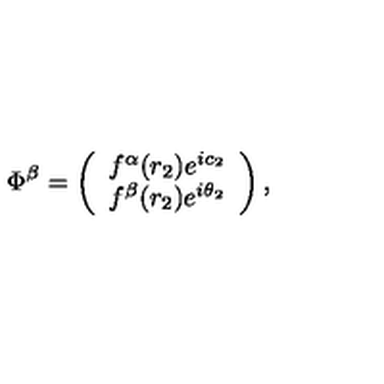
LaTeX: \Phi ^ { \beta } = \left( \begin{array} { c } { f ^ { \alpha } ( r _ { 2 } ) e ^ { i c _ { 2 } } } \\ { f ^ { \beta } ( r _ { 2 } ) e ^ { i \theta _ { 2 } } } \\ \end{array} \right) ,